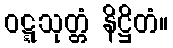
ဝဋ္ဋသုတ္တံ နိဋ္ဌိတံ။